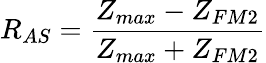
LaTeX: R_{AS}=\frac{Z_{max}-Z_{FM2}}{Z_{max}+Z_{FM2}}